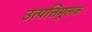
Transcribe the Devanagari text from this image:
उत्पत्तिमूलक